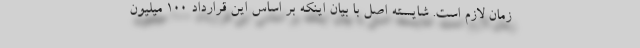
زمان لازم است. شایسته اصل با بیان اینکه بر اساس این قرارداد ۱۰۰ میلیون